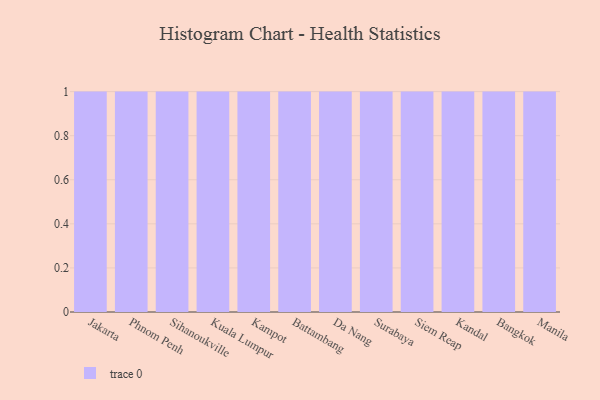
{"axis": {"x": "City", "y": "Revenue (USD Million)"}, "legend": [""], "data": [{"x": "Jakarta", "y": 40, "type": ""}, {"x": "Phnom Penh", "y": 33, "type": ""}, {"x": "Sihanoukville", "y": 55, "type": ""}, {"x": "Kuala Lumpur", "y": 21, "type": ""}, {"x": "Kampot", "y": 11, "type": ""}, {"x": "Battambang", "y": 92, "type": ""}, {"x": "Da Nang", "y": 93, "type": ""}, {"x": "Surabaya", "y": 92, "type": ""}, {"x": "Siem Reap", "y": 87, "type": ""}, {"x": "Kandal", "y": 21, "type": ""}, {"x": "Bangkok", "y": 3, "type": ""}, {"x": "Manila", "y": 35, "type": ""}]}